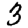
Digit: 3